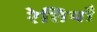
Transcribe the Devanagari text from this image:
रेतियाँ